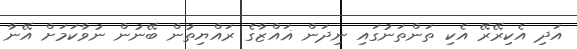
އަދި އެކިރޭރޭ އެކި ތަންތަނުގައި ނިދަން ޣައްޒާގެ ރައްޔިތުން ބޭނުން ނުވާކަމަށް އޭނާ